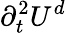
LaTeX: \partial_{t}^{2}U^{d}